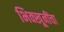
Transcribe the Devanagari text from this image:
भिक्खूनींचा